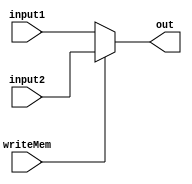
module muxReg(input1,input2,writeMem,out);
input[3:0] input1;
input[3:0] input2;
input writeMem;
output wire[3:0] out;

assign out=(writeMem)?input2:input1;
endmodule